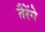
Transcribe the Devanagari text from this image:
तैरेंगे